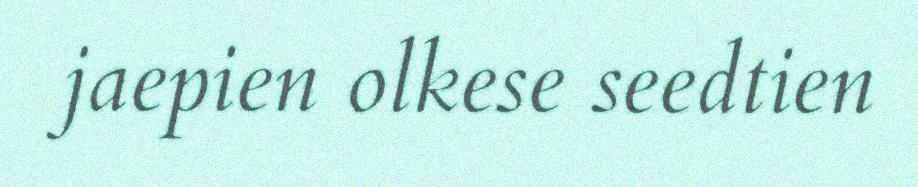
jaepien olkese seedtien